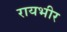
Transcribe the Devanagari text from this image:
रायभीर